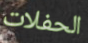
الحفلات